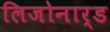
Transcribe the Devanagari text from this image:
लिजोनार्ड